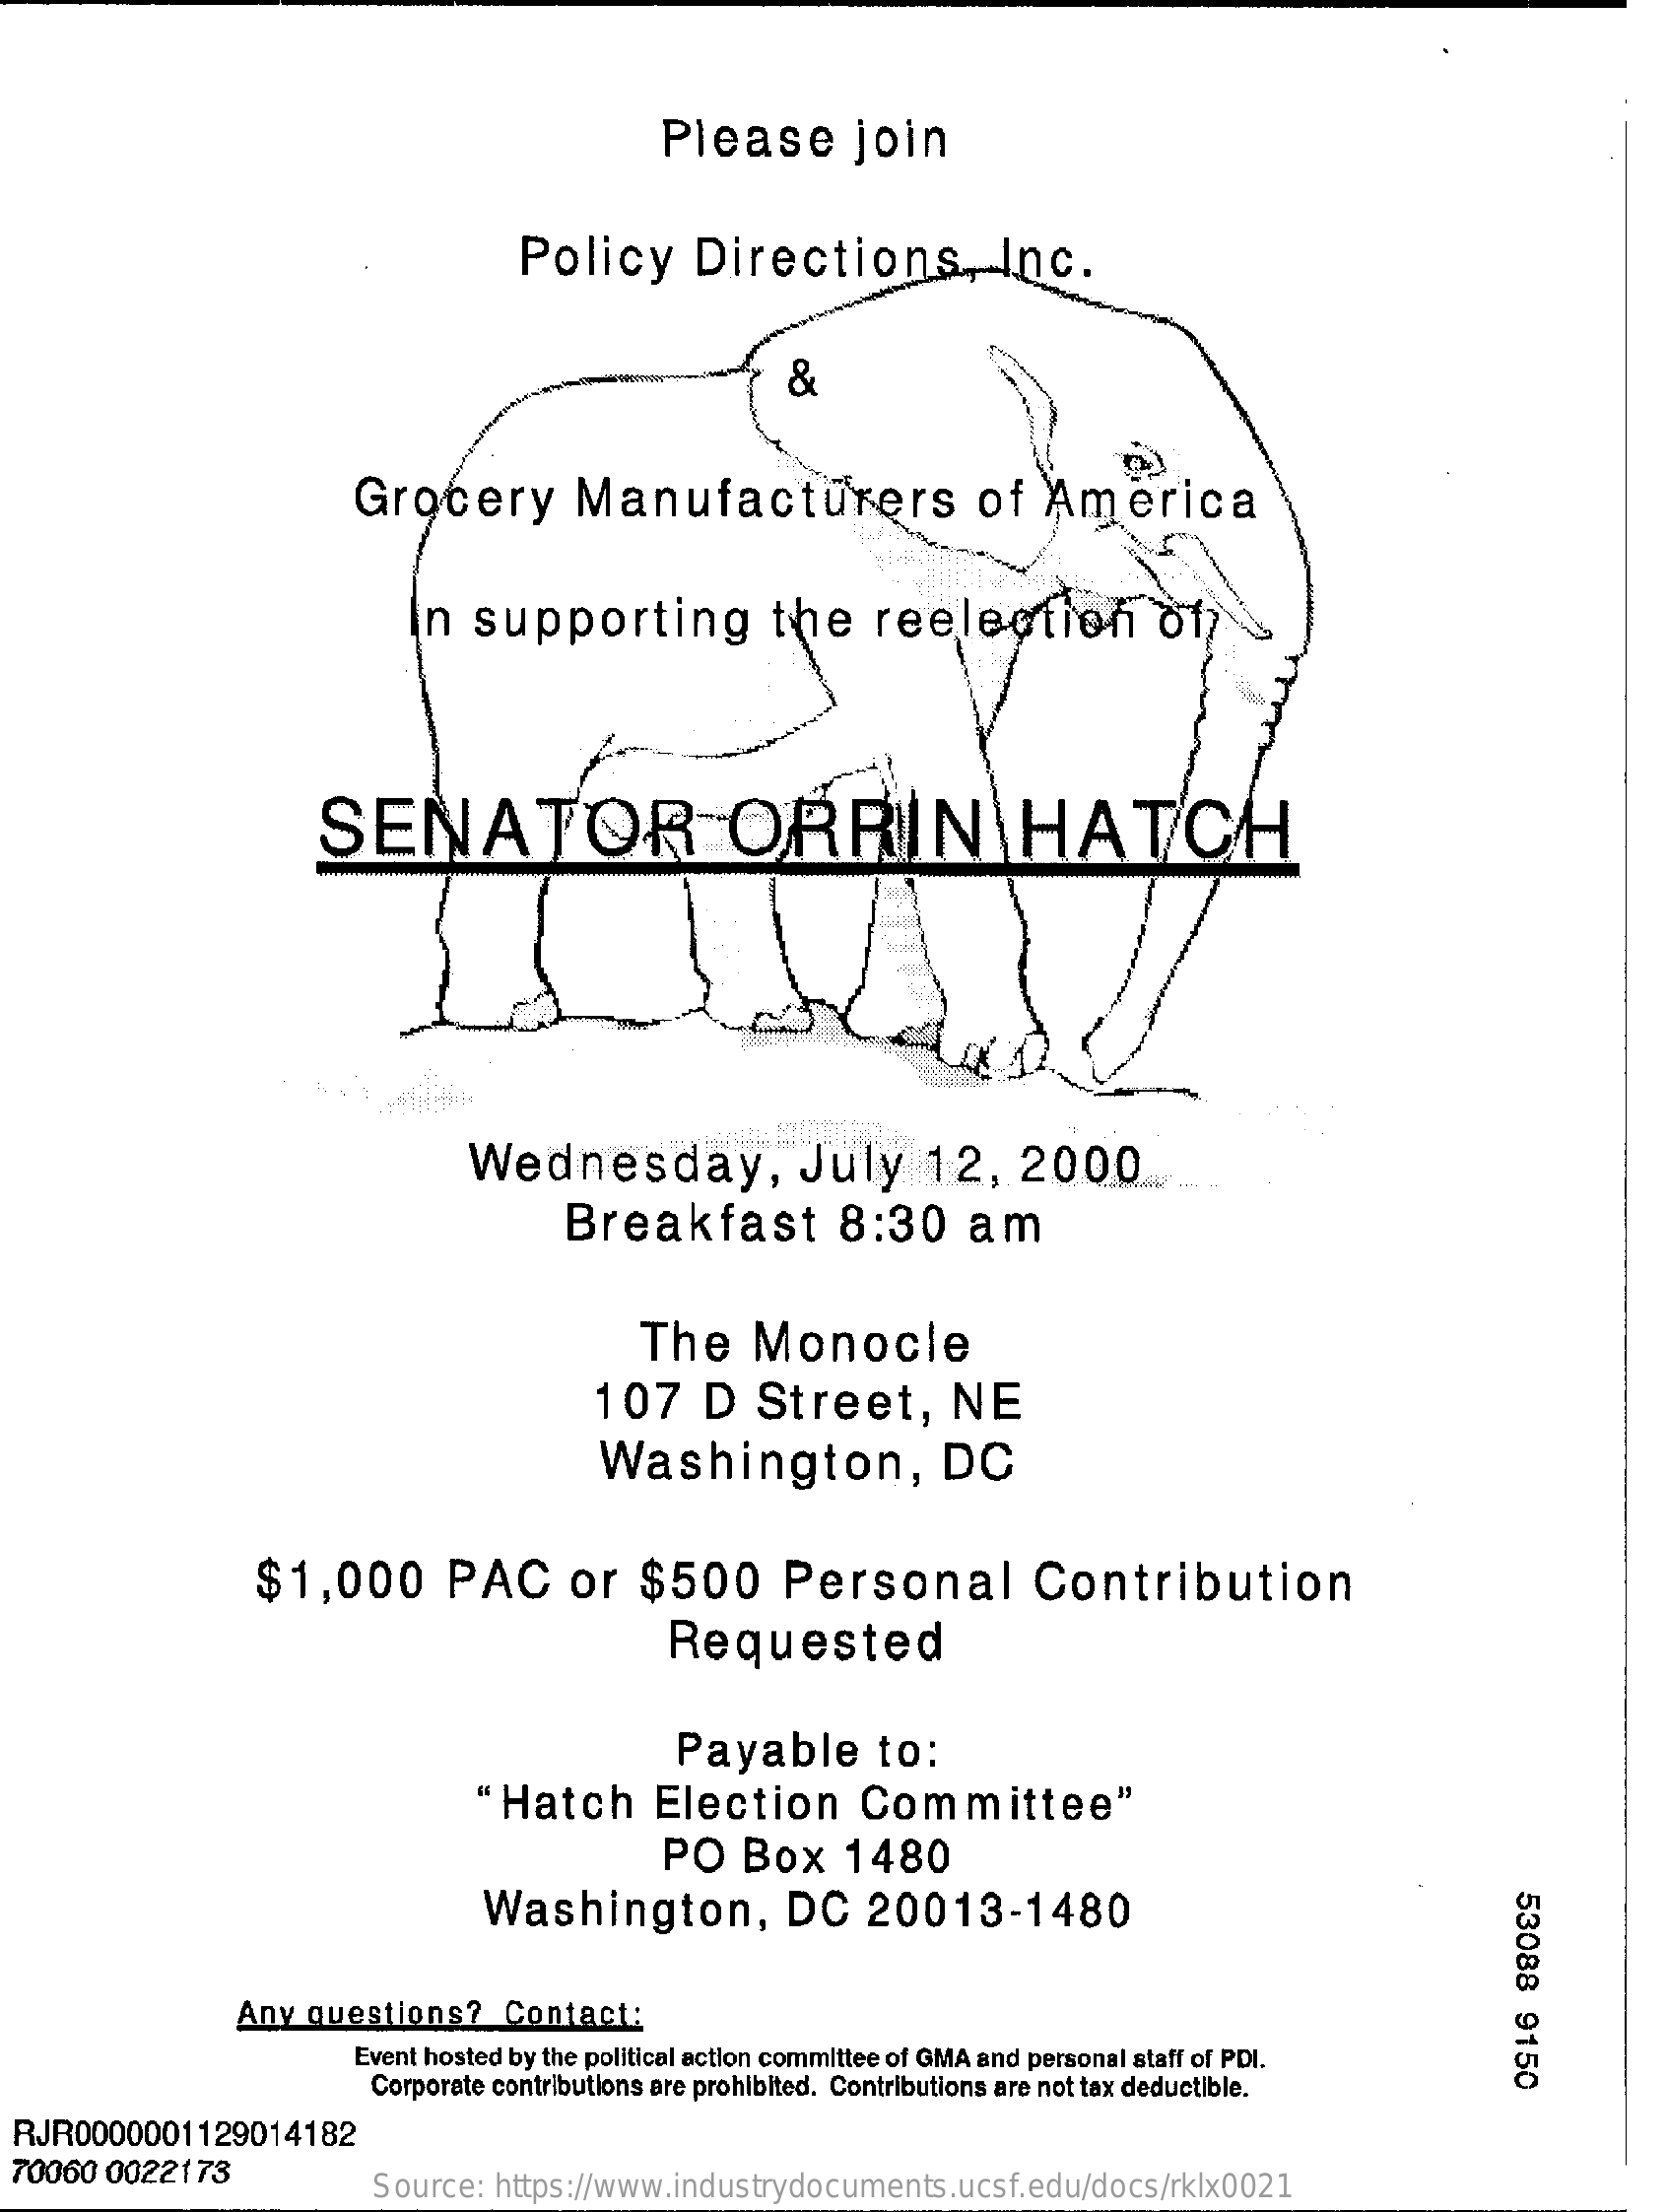
Please    join
     Policy    Directions,    Inc.
     &
     Grocery    Manufacturers    of   America
     In   supporting    the    reelection    of)
     SENATOR    ORRIN    HATCH
     Wednesday,    July    12,    2000
     Breakfast    8:30    am
     The    Monocle
     107    D    Street,    NE
     Washington,    DC
     $1,000    PAC    or   $500    Personal    Contribution
     Requested
     Payable    to:
     "Hatch    Election    Committee"
     PO    Box    1480
     Washington,    DC    20013-1480
     53088
     9150
     Any  questions?    Contact:
     Event hosted by the political action committee of GMA and personal staff of PDI.
     Corporate contributions are prohibited. Contributions are not tax deductible.
  RJR0000001129014182
  70060 0022173
     Source:  https://www.industrydocuments.ucsf.edu/docs/rklx0021